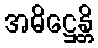
အဓိဋ္ဌေန္တိ